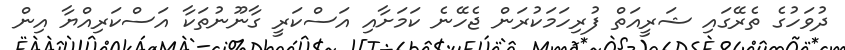
ދުވަހުގެ ތެރޭގައި ޝަރީއަތް ފުރިހަމަކުރަން ޖެހޭނެ ކަމަށާއި އަސްކަރީ ގާނޫނުތަކާ އަސްކަރިއްޔާ އިން